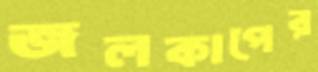
জলকাপের